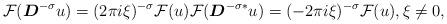
LaTeX: \begin{align*} \mathcal{F}(\boldsymbol{D}^{-\sigma} u ) = (2\pi i\xi)^{-\sigma} \mathcal{F}(u) \mathcal{F}(\boldsymbol{D}^{-\sigma*}u )= (-2\pi i\xi)^{-\sigma} \mathcal{F}(u),\xi \ne 0, \end{align*}